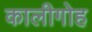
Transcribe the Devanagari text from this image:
कालीगोह